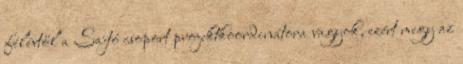
félévtől a Sajtó csoport projektkoordinátora vagyok, ezért megy az